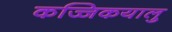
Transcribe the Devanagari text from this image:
कज्जिकयालु